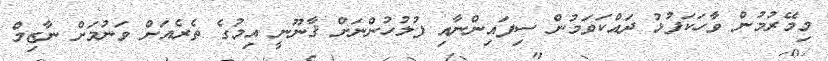
މިމޭރުމުން ވާހަކަފުޅު ދައްކަވަމުން ސިފައިންނާއި ފުލުހުންނަށް ޤާނޫނީ އިމުގެ ތެރެއަށް ވަނުމަށް ނާޒިމް